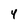
Character: 4